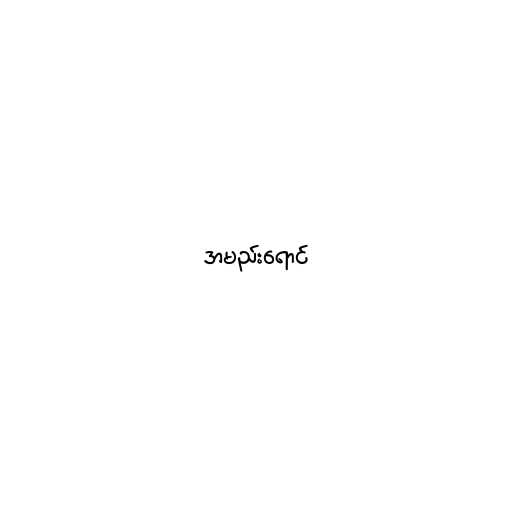
အမည်းရောင်